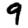
Digit: 9